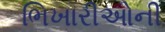
ભિખારીઓની